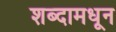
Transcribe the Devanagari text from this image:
शब्दामधून